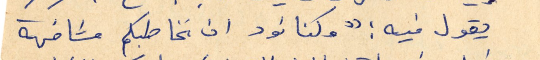
يقول فيه : "وكنا نود ان نخاطبكم مشافهة